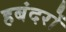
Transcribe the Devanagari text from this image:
हबंदरों